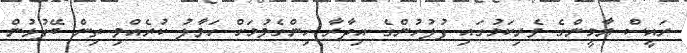
ރައީސް ޔާމީންގެ ވެރިކަމުގައި ފުލުހުންގެ އިދާރާ ހިންގެވުމަށް ހަވާލު ކުރެއްވި ތިން ބޭފުޅުން